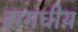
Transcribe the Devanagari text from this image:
सगंधीय